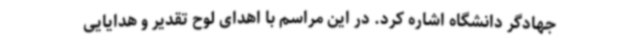
جهادگر دانشگاه اشاره کرد. در این مراسم با اهدای لوح تقدیر و هدایایی